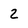
Character: 2